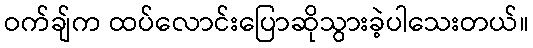
ဝက်ချ်က ထပ်လောင်းပြောဆိုသွားခဲ့ပါသေးတယ်။